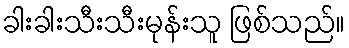
ခါးခါးသီးသီးမုန်းသူ ဖြစ်သည်။